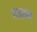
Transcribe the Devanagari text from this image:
गदाक